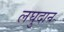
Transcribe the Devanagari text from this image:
लघुदान